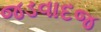
જડવાદજ